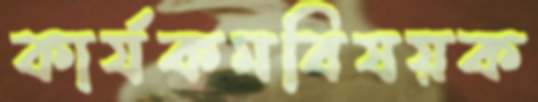
কার্যকমবিষয়ক